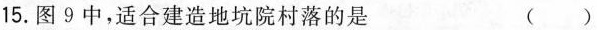
15.图9中，适合建造地坑院村落的是 ( )